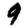
Digit: 9